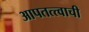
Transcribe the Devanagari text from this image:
आपतत्त्वाची